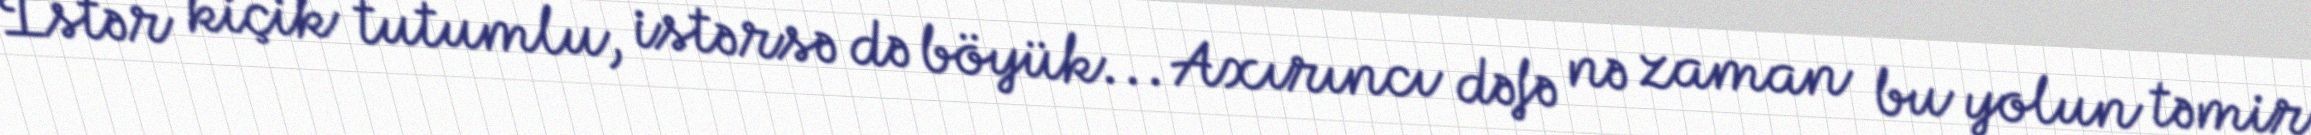
İstər kiçik tutumlu, istərsə də böyük... Axırıncı dəfə nə zaman bu yolun təmir